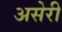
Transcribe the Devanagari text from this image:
असेरी